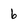
Character: 6